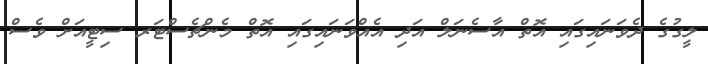
ލީގުގެ ދެވަނައިގައި އޮތް އާސެނަލް އަދި އެއްވަނައިގައި އޮތް މެންޗެސްޓަރ ސިޓީއަށް ވެސް